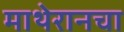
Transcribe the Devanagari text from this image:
माथेरानचा